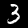
Digit: 3